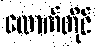
ထောက်တိုင်